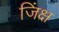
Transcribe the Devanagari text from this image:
जिंक्ष